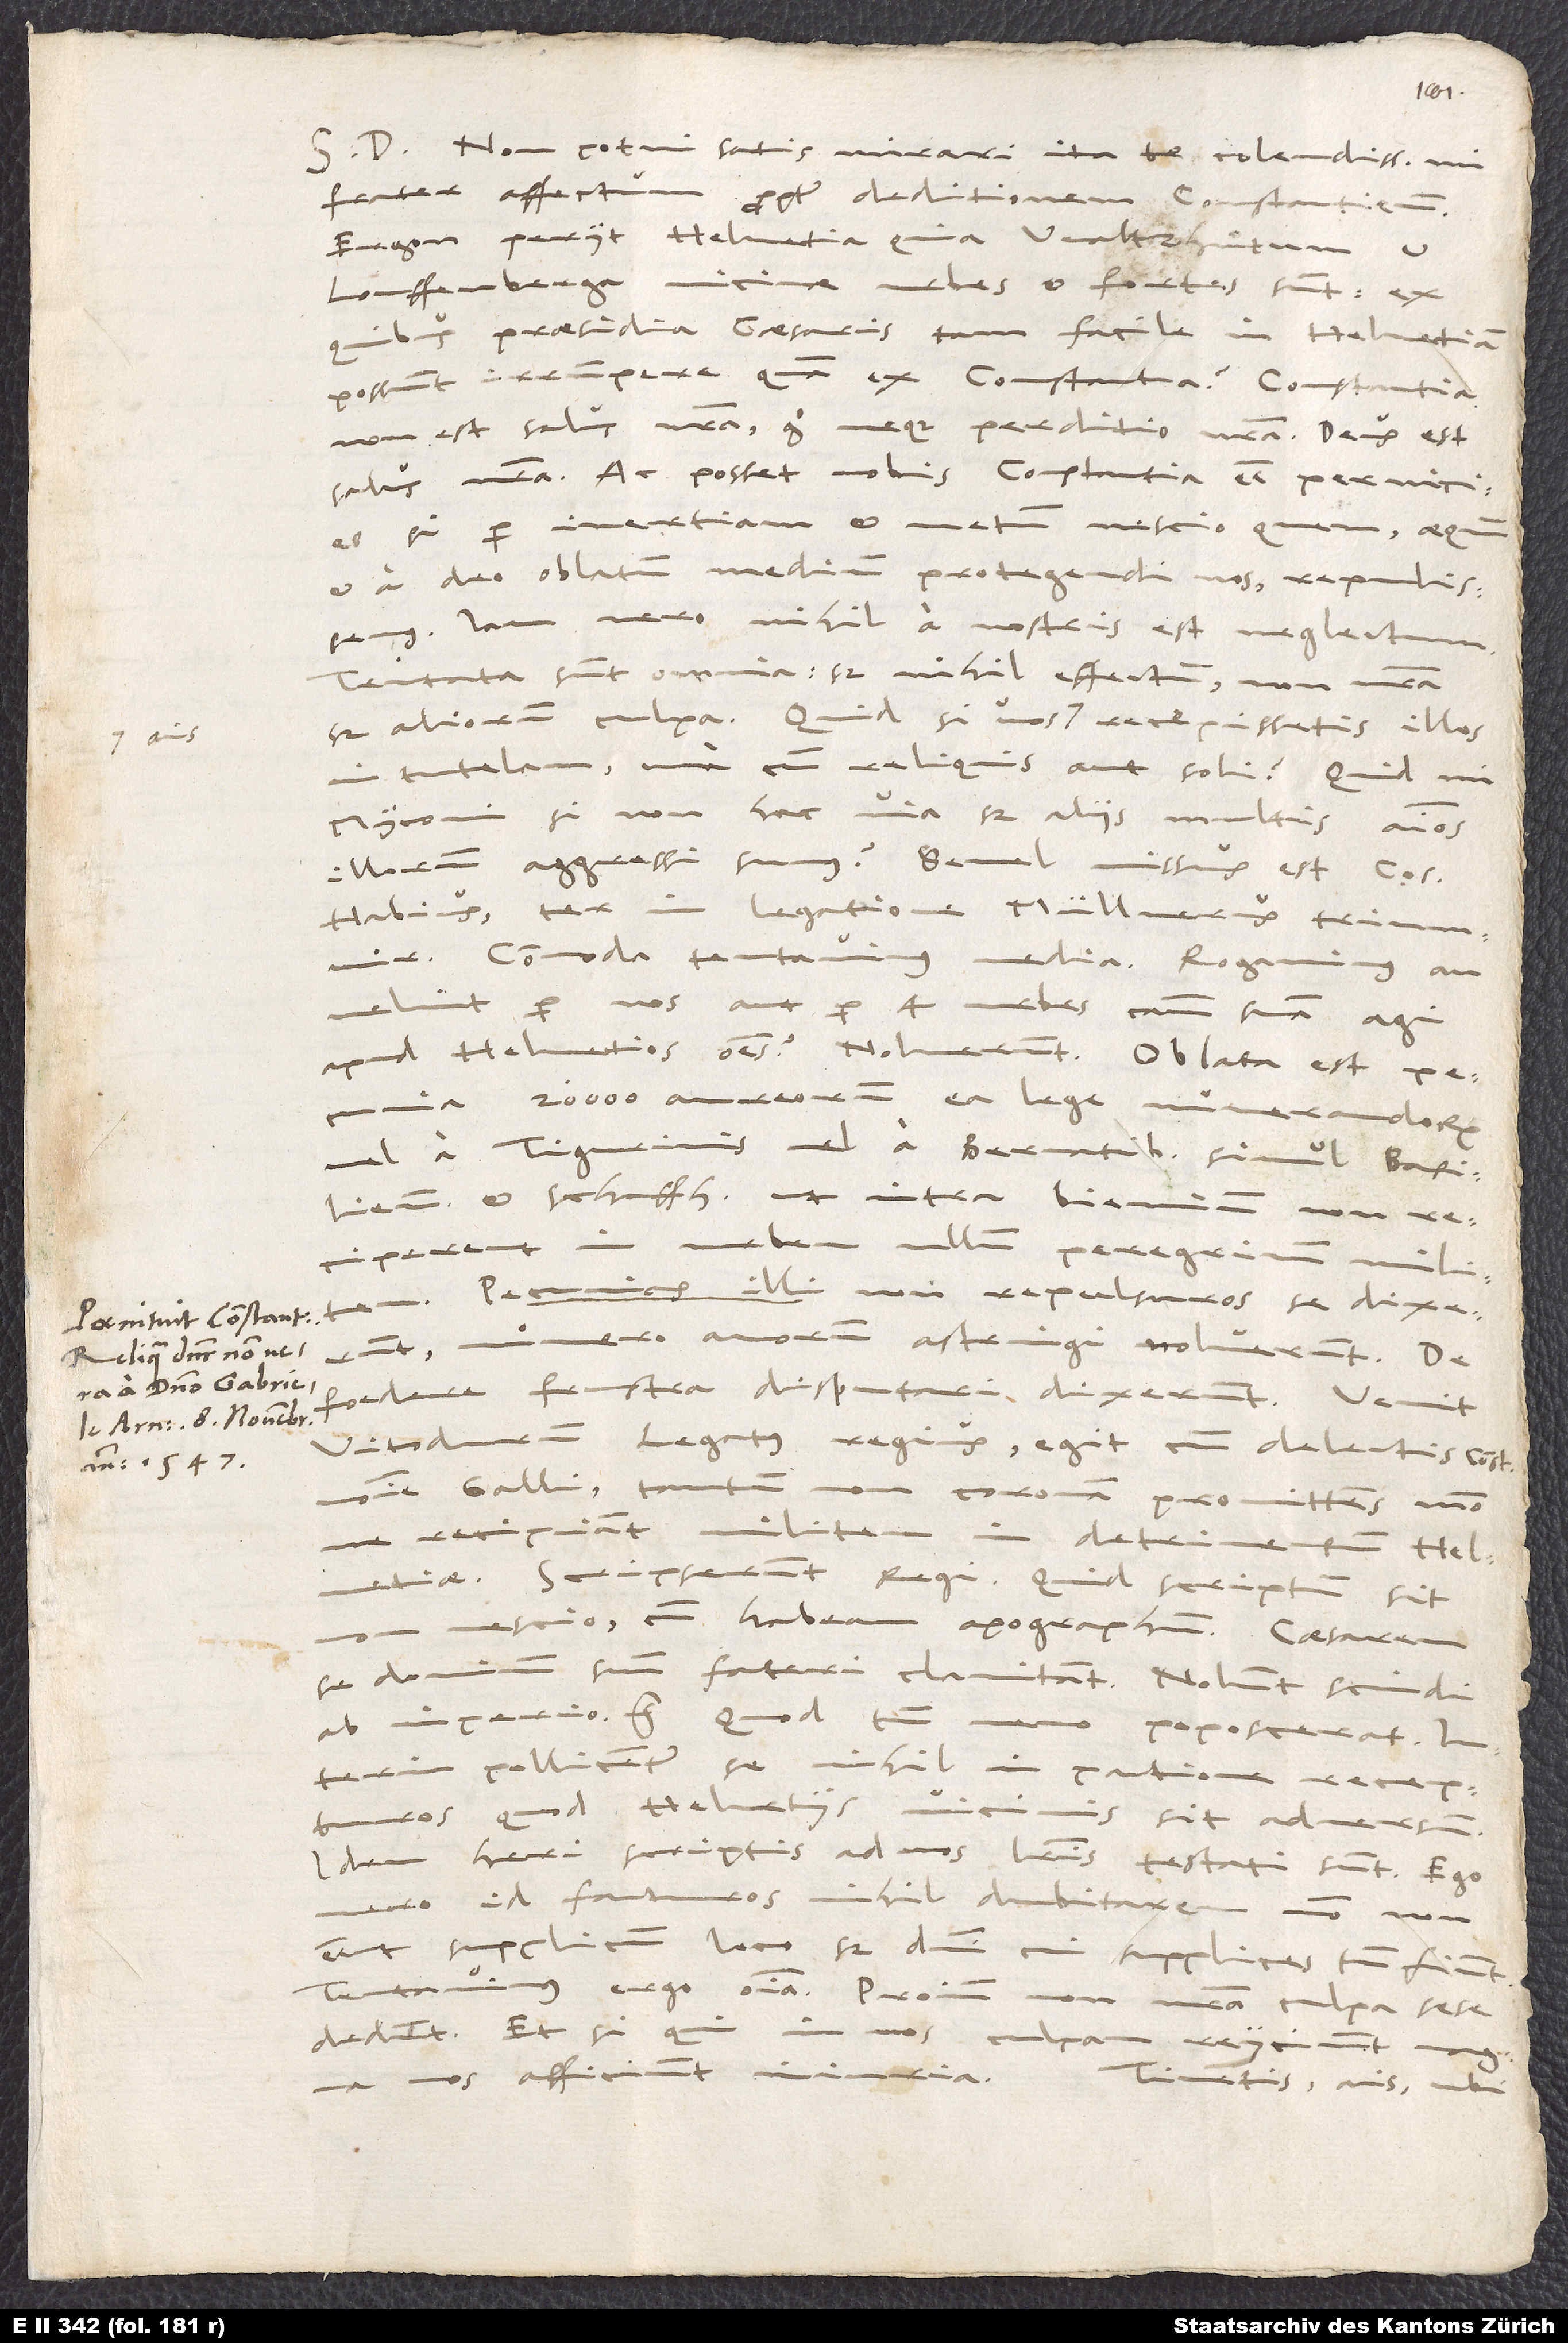
S. D. Non potui satis mirari ita te, colendissime mi
frater, affectum propter deditionem Constantiensium.
Ergon periit Helvetia, quia Waltzhuͦtum et
Louffenberga, vicinae urbes (et fortes sunt!), ex
quibus praesidia caesaris tam facile in Helvetiam
possunt irrumpere quam ex Constantia? Constantia
non est salus nostra, ergo neque proditio nostra! Deus est
salus nostra. Ac posset nobis Constantia esse pernicies,
si per inertiam et metum, nescio quem, aequum
et a deo oblatum medium protegendi nos repulissemus.
Iam vero nihil a nostris est neglectum!
Tentata sunt omnia, sed nihil effectum, non nostra
sed aliorum culpa. „Quid si vos,“ ais, „recepissetis illos
in tutelam una cum reliquis aut soli?“ Quid, mi
Myconi, si non hac via, sed aliis multis animos
illorum aggressi sumus? Semel missus est consul
Habius, ter in legatione Müllerus triumvir.
Commoda tentavimus media. Rogavimus, an
velint per nos aut per 4 urbes caussam suam agi
apud Helvetios omnes; noluerunt. Oblata est pecunia
20’000 aureorum ea lege numerandorum
vel a Tigurinis vel a Bernatibus, simul Basiliensibus
et Schaffhusianis, ut intra biennium non
reciperent in urbem ullum peregrinum militem.
Pecunias illi non repulsuros se dixerunt,
numero annorum astringi noluerunt. De
foedere frustra disputari dixerunt. Venit
Vitodurum lega tus regius. Egit cum delectis Constantiensibus
nomine Galli tantum
non coronam promittens, modo
ne recipiant militem in detrimentum Helvetiae.
Scripserunt regi. Quid scriptum sit,
nescio, cum habeam apographum: Caesarem
se dominum suum fateri clamitant; nolunt scindi
ab imperio, etc. (quod tamen nemo poposcerat!).
Interim pollicentur se nihil in pactione recepturos,
quod Helvetiis vicinis sit adversum.
Idem heri scriptis ad nos literis testati sunt. Ego
vero id facturos nihil dubitarem, modo non
essent supplicum loco, sed domini, cui supplices tamen fiunt.
Tentavimus ergo omnia. Proinde non nostra culpa se
dedunt, et si qui in
culpam reiiciunt,